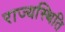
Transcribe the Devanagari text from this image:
राज्यस्थिति